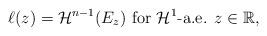
LaTeX: \begin{align*}\ell(z) = \mathcal{H}^{n-1} (E_{z}) \mbox{ for } \mathcal{H}^{1} \mbox{-a.e. } z \in \mathbb{R},\end{align*}